Report on horse surra - Volume II, Part I
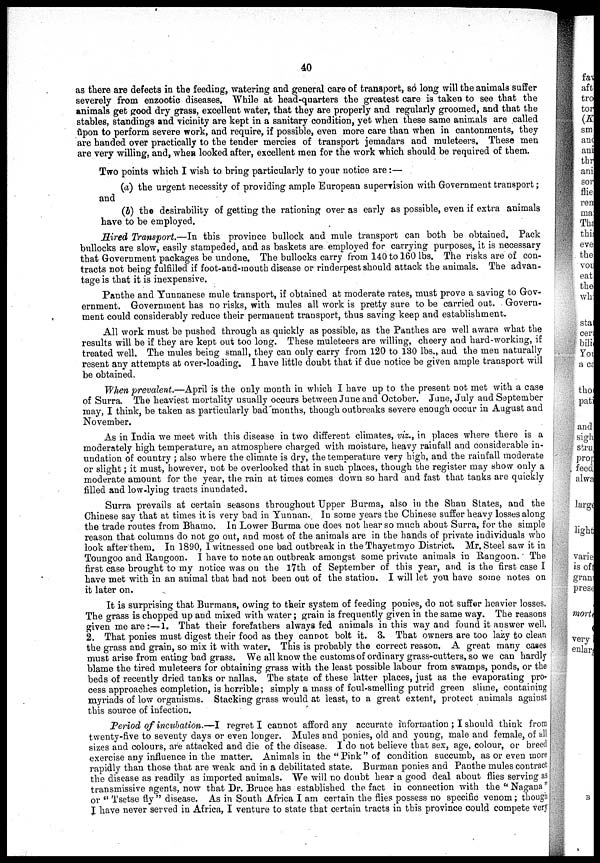
40
as there are defects in the feeding, watering and general care of transport, so long will the animals suffer
severely from enzootic diseases. While at head-quarters the greatest care is taken to see that the
animals get good dry grass, excellent water, that they are properly and regularly groomed, and that the
stables, standings and vicinity are kept in a sanitary condition, yet when these same animals are called
ùpon to perform severe work, and require, if possible, even more care than when in cantonments, they
are handed over practically to the tender mercies of transport jemadars and muleteers. These men
are very willing, and, when looked after, excellent men for the work which should be required of them.
Two points which I wish to bring particularly to your notice are :-
(a) the urgent necessity of providing ample European supervision with Government transport ;
and
(b) the desirability of getting the rationing over as early as possible, even if extra animals
have to be employed.
Hired Transport.—In this province bullock and mule transport can both be obtained. Pack
bullocks are slow, easily stampeded, and as baskets are employed for carrying purposes, it is necessary
that Government packages be undone. The bullocks carry from 140 to 160 lbs. The risks are of con-
tracts not being fulfilled if foot-and-mouth disease or rinderpest should attack the animals. The advan-
tage is that it is inexpensive.
Panthe and Yunnanese mule transport, if obtained at moderate rates, must prove a saving to Gov-
ernment. Government has no risks, with mules all work is pretty sure to be carried out. Govern-
ment could considerably reduce their permanent transport, thus saving keep and establishment.
All work must be pushed through as quickly as possible, as the Panthes are well aware what the
results will be if they are kept out too long. These muleteers are willing, cheery and hard-working, if
treated well. The mules being small, they can only carry from 120 to 130 lbs., and the men naturally
resent any attempts at over-loading. I have little doubt that if due notice be given ample transport will
be obtained.
When prevalent.—April is the only month in which I have up to the present not met with a case
of Surra. The heaviest mortality usually occurs between June and October. June, July and September
may, I think, be taken as particularly bad months, though outbreaks severe enough occur in August and
November.
As in India we meet with this disease in two different climates, viz., in places where there is a
moderately high temperature, an atmosphere charged with moisture, heavy rainfall and considerable in-
undation of country ; also where the climate is dry, the temperature very high, and the rainfall moderate
or slight ; it must, however, not be overlooked that in such places, though the register may show only a
moderate amount for the year, the rain at times comes down so hard and fast that tanks are quickly
filled and low-lying tracts inundated.
Surra prevails at certain seasons throughout Upper Burma, also in the Shan States, and the
Chinese say that at times it is very bad in Yunnan. In some years the Chinese suffer heavy losses along
the trade routes from Bhamo. In Lower Burma one does not hear so much about Surra, for the simple
reason that columns do not go out, and most of the animals are in the hands of private individuals who
look after them. In 1890, I witnessed one bad outbreak in theThayetmyo District. Mr. Steel saw it in
Toungoo and Rangoon. I have to note an outbreak amongst some private animals in Rangoon. The
first case brought to my notice was on the 17th of September of this year, and is the first case I
have met with in an animal that had not been out of the station. I will let you have some notes on
it later on.
It is surprising that Burmans, owing to their system of feeding ponies, do not suffer heavier losses.
The grass is chopped up and mixed with water ; grain is frequently given in the same way. The reasons
given me are:—1. That their forefathers always fed animals in this way and found it answer well.
2. That ponies must digest their food as they cannot bolt it. 3. That owners are too lazy to clean
the grass and grain, so mix it with water. This is probably the correct reason, A great many cases
must arise from eating bad grass. We all know the customs of ordinary grass-cutters, so we can hardly
blame the tired muleteers for obtaining grass with the least possible labour from swamps, ponds, or the
beds of recently dried tanks or nallas. The state of these latter places, just as the evaporating pro-
cess approaches completion, is horrible; simply a mass of foul-smelling putrid green slime, containing
myriads of low organisms. Stacking grass would at least, to a great extent, protect animals against
this source of infection.
Period of incubation.—I regret I cannot afford any accurate information ; I should think from
twenty-five to seventy days or even longer. Mules and ponies, old and young, male and female, of all
sizes and colours, are attacked and die of the disease. I do not believe that sex, age, colour, or breed
exercise any influence in the matter. Animals in the " Pink " of condition succumb, as or even more
rapidly than those that are weak and in a debilitated state. Burman ponies and Panthe mules contract
the disease as readily as imported animals. We will no doubt hear a good deal about flies serving as
transmissive agents, now that Dr. Bruce has established the fact in connection with the " Nagana"
or " Tsetse fly " disease. As in South Africa I am certain the flies possess no specific venom ; though
I have never served in Africa, I venture to state that certain tracts in this province could compete very